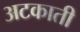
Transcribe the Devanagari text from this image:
अटकाती